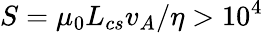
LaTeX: S=\mu_{0}L_{cs}v_{A}/\eta>10^{4}